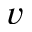
v